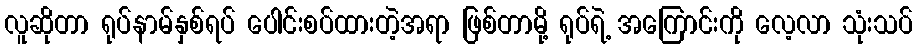
လူဆိုတာ ရုပ်နာမ်နှစ်ရပ် ပေါင်းစပ်ထားတဲ့အရာ ဖြစ်တာမို့ ရုပ်ရဲ့ အကြောင်းကို လေ့လာ သုံးသပ်